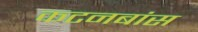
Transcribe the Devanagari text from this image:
कटनबांस